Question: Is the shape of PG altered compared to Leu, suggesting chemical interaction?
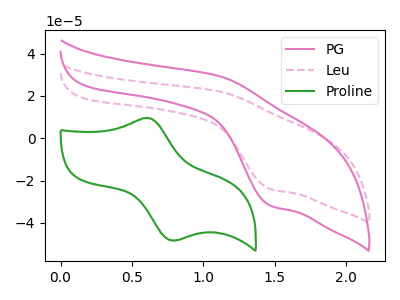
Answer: <think>The pink curve "PG" has an anodic peak at (1.10V, 29.45uA) and a cathodic peak at (1.45V, -31.75uA). The pink dashed curve "Leu" has an anodic peak at (1.10V, 22.20uA) and a cathodic peak at (1.45V, -23.90uA). The green curve "Proline" has an anodic peak at (0.60V, 9.55uA) and a cathodic peak at (0.80V, -48.25uA).
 All the peaks in "PG" have a peak in "Leu" at the same potential. Every peak in "PG" is higher than every peak in "Leu".</think>
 <answer>No, "PG" and "Leu" don't appear to be significantly different in shape</answer>
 <eval>no_change</eval>